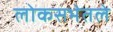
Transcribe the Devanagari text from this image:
लोकसभेतले